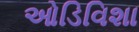
ઓડિવિશા